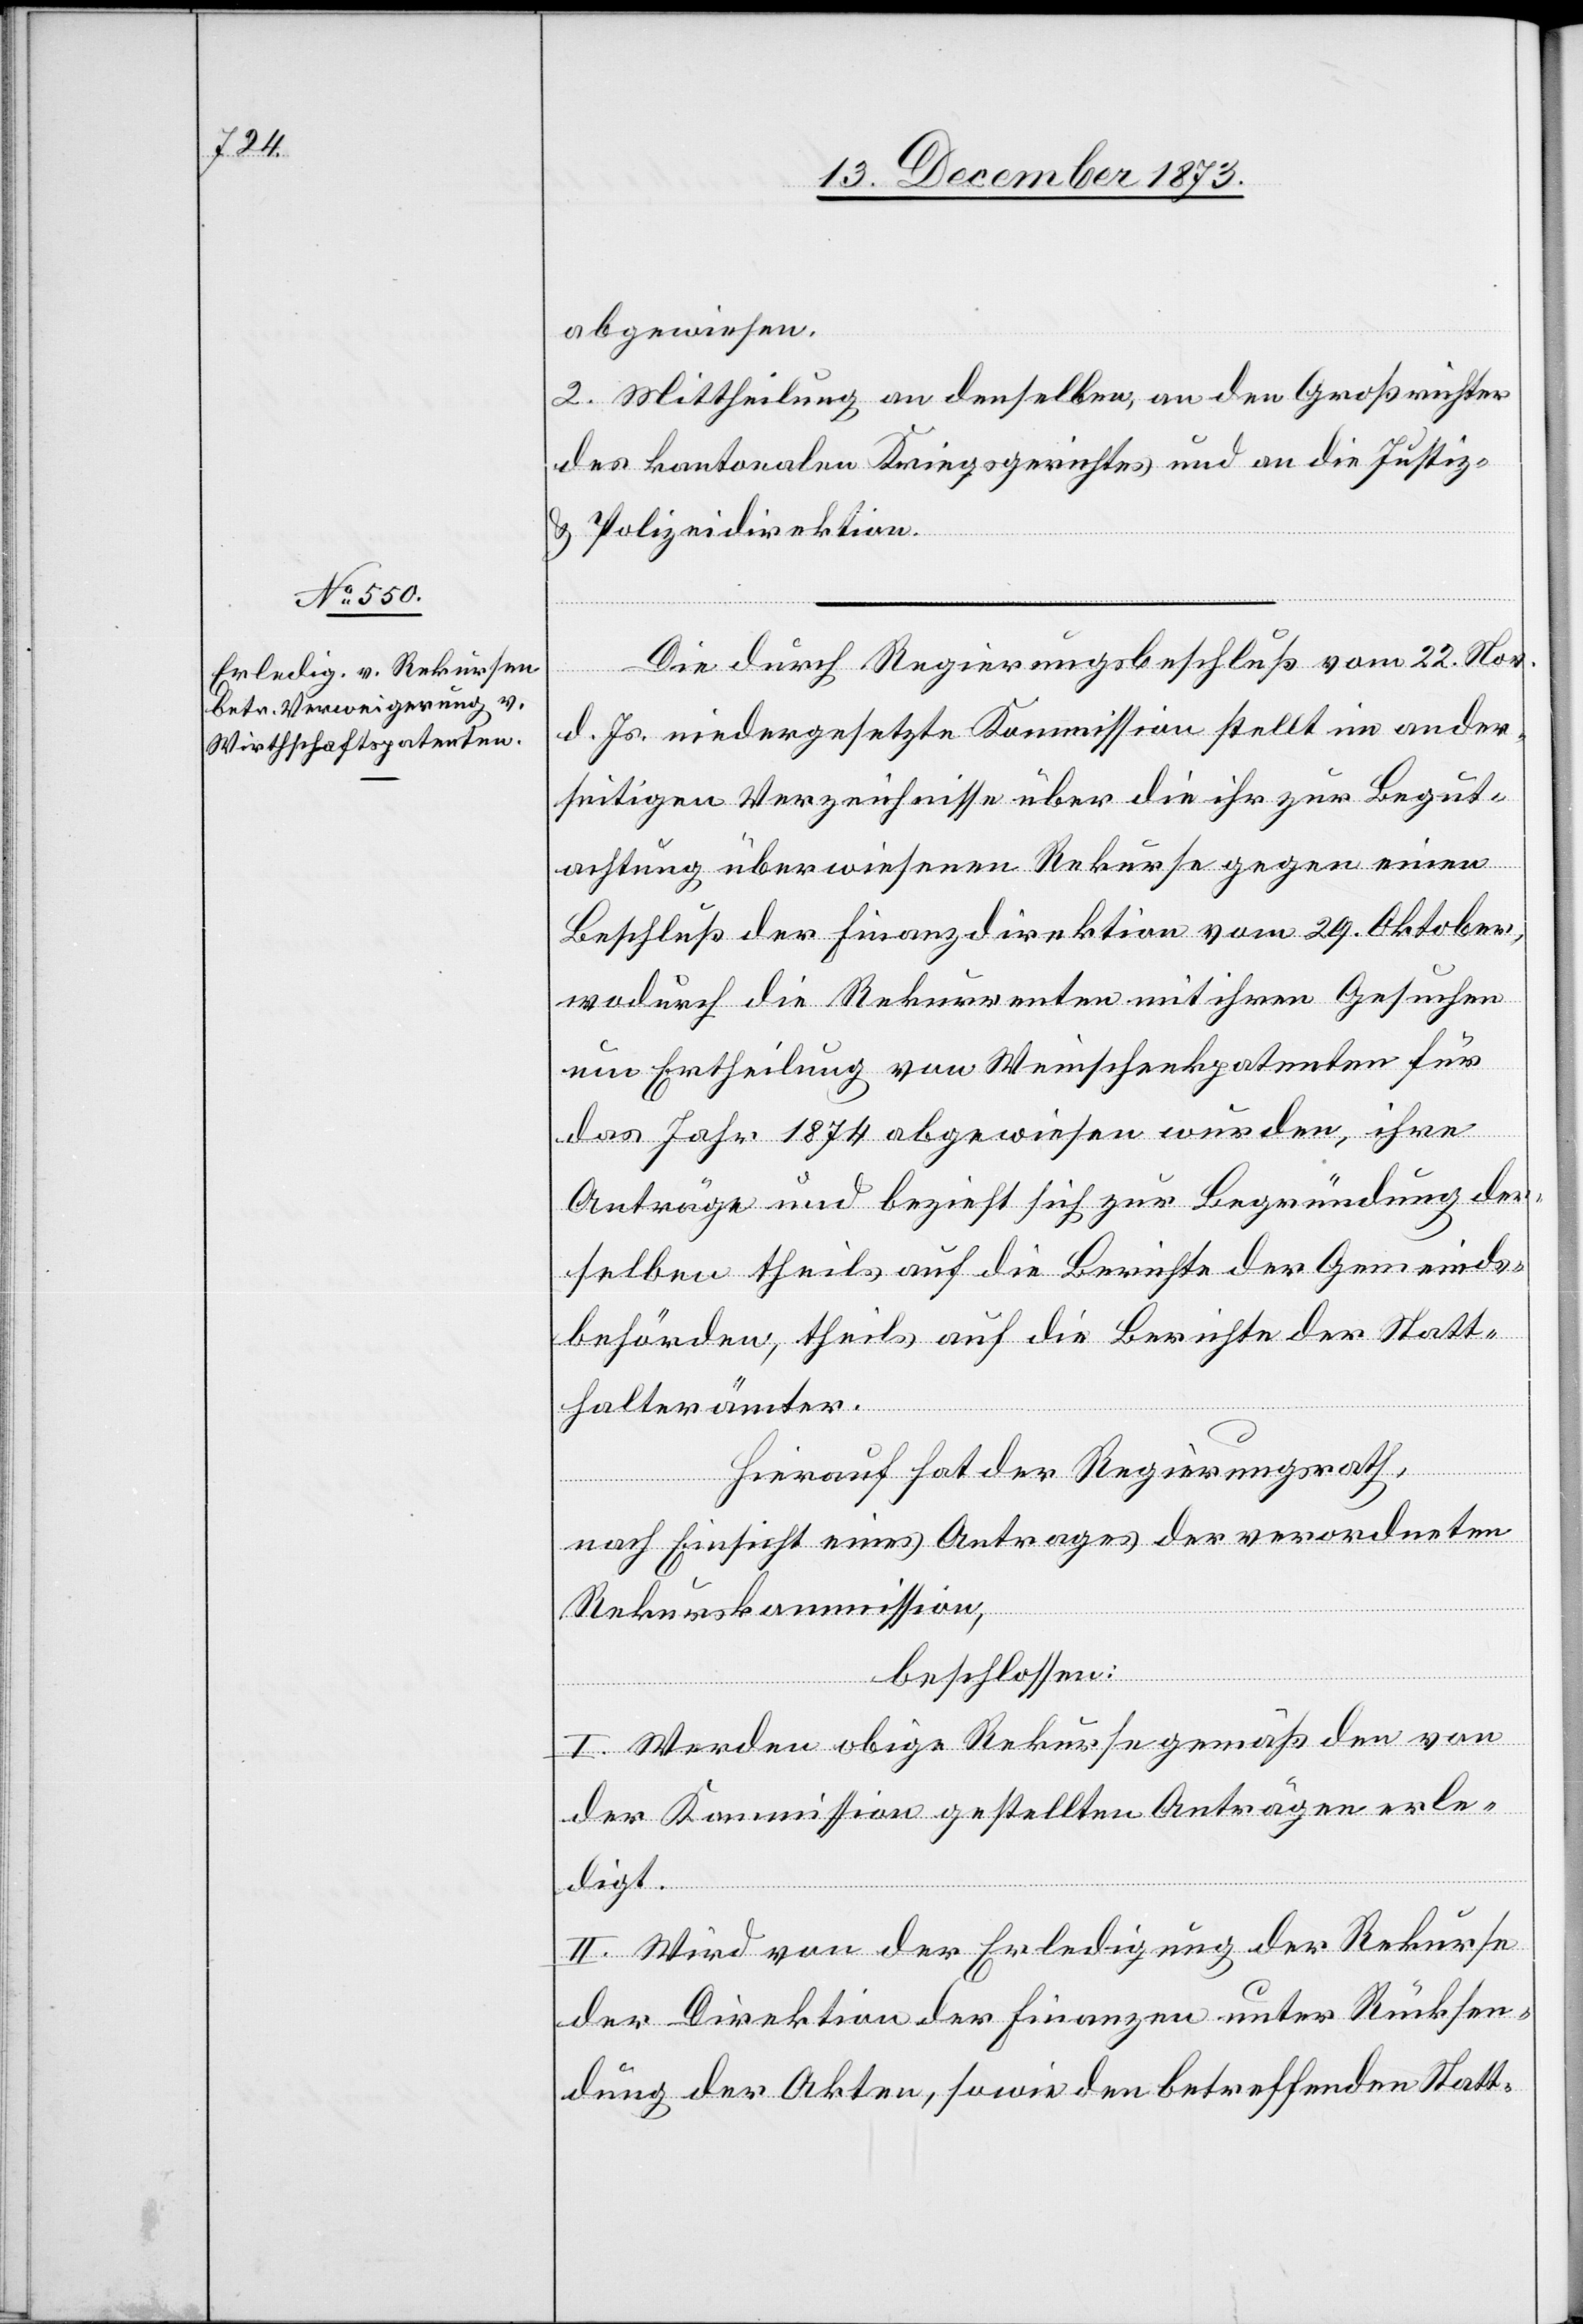
abgewiesen.
2. Mittheilung an denselben, an den Großrichter
des kantonalen Kriegsgerichtes und an die Justiz-
& Polizeidirektion.
Die durch Regierungsbeschluß vom 22. Nov.
d. Js. niedergesetzte Kommission stellt im ander¬
seitigen Verzeichnisse über die ihr zur Begut¬
achtung überwiesenen Rekurse gegen einen
Beschluß der Finanzdirektion vom 29. Oktober,
wodurch die Rekurrenten mit ihren Gesuchen
um Ertheilung von Weinschenkpatenten für
das Jahr 1874 abgewiesen wurden, ihre
Anträge und bezieht sich zur Begründung der¬
selben theils auf die Berichte der Gemeinds¬
behörden, theils auf die Berichte der Statt¬
halterämter.
Hierauf hat der Regierungsrath,
nach Einsicht eines Antrages der verordneten
Rekurskommission,
beschlossen:
I. Werden obige Rekurse gemäß den von
der Kommission gestellten Anträgen erle¬
digt.
II. Wird von der Erledigung der Rekurse
der Direktion der Finanzen unter Rücksen¬
dung der Akten, sowie den betreffenden Statt-